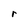
Character: r